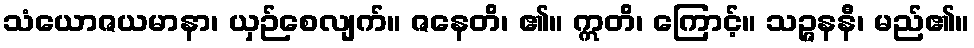
သံယောဇယမာနာ၊ ယှဉ်စေလျက်။ ဇနေတိ၊ ၏။ ဣတိ၊ ကြောင့်။ သဉ္ဇနနီ၊ မည်၏။